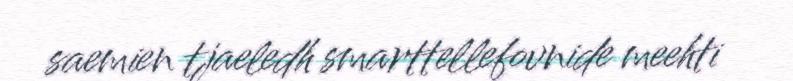
saemien tjaeledh smarttellefovnide meehti